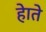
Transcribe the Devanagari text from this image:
हेाते